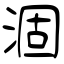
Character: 涸